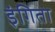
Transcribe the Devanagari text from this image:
इंगिता